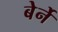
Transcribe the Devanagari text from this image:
बेर्ने